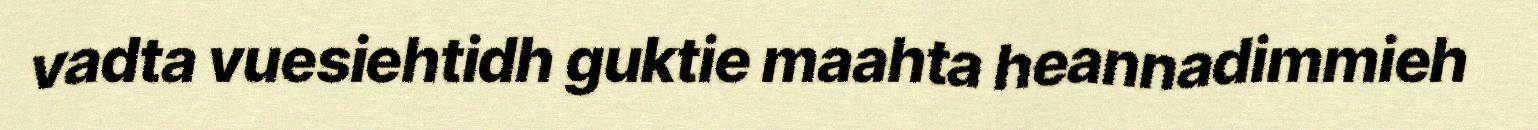
vadta vuesiehtidh guktie maahta heannadimmieh